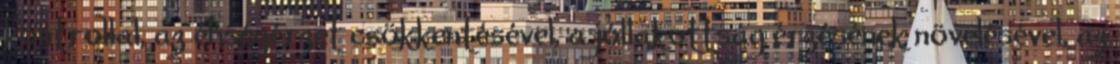
kontrollal, az éhségérzet csökkentésével, a jóllakottság érzésének növelésével, az